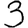
Digit: 3